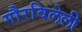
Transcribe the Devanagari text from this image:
गौरविलेली